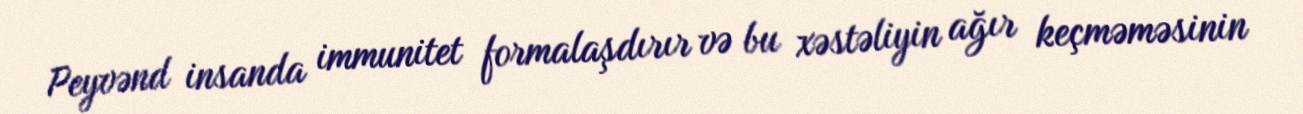
Peyvənd insanda immunitet formalaşdırır və bu xəstəliyin ağır keçməməsinin